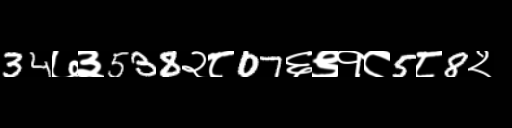
Text: 34७३538२८07६९१८5८8२